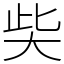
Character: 𡘌